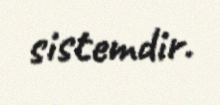
sistemdir.